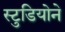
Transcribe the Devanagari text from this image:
स्टुडियोने